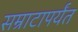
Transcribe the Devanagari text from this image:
सम्राटापर्यंत